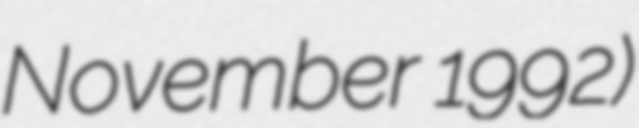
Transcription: November 1992)